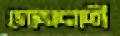
গোমনাতী